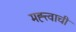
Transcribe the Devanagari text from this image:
मह्त्त्वाची